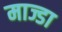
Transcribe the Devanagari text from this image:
माज्डा